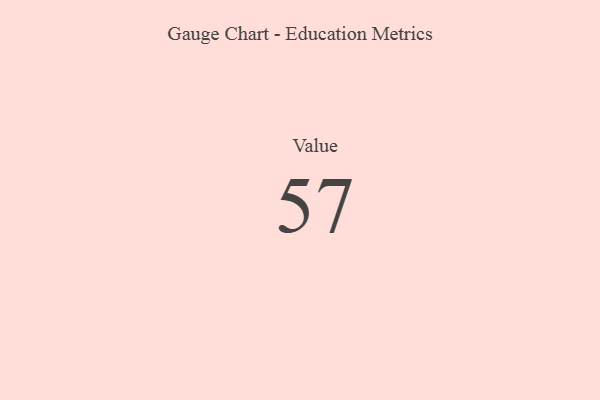
{"axis": {"x": "Metric", "y": "Value"}, "legend": [""], "data": [{"x": "Value", "y": 57, "type": ""}]}